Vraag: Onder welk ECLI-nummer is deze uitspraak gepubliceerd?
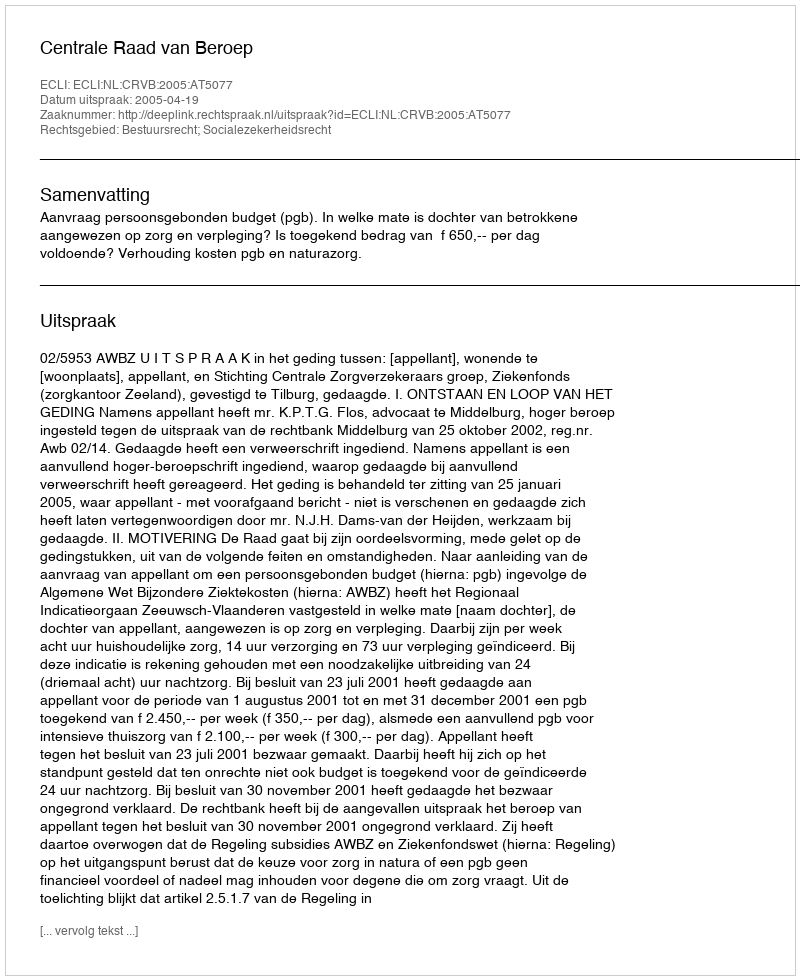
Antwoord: ECLI:NL:CRVB:2005:AT5077